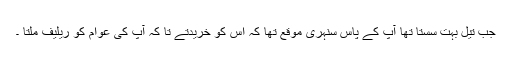
جب تیل بہت سستا تھا آپ کے پاس سنہری موقع تھا کہ اس کو خریدتے تا کہ آپ کی عوام کو ریلیف ملتا ۔